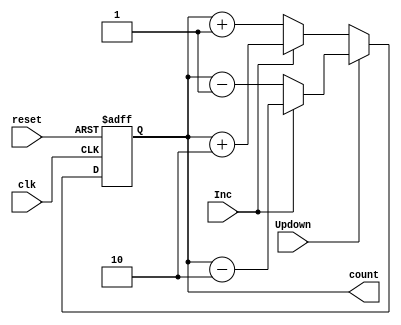
`timescale 1ns / 1ps
//////////////////////////////////////////////////////////////////////////////////
// Company: 
// Engineer: 
// 
// Design Name: 
// Module Name: bin_counter
// Project Name: 
// Target Devices: 
// Tool Versions: 
// Description: 
// 
// Dependencies: 
// 
// Revision:
// Revision 0.01 - File Created
// Additional Comments:
// 
//////////////////////////////////////////////////////////////////////////////////


module bin_counter #(parameter n = 4) (input clk, reset, Updown, Inc, output reg [n-1:0] count);

   wire f_clk;
   //Clk_divider #(500000) cd (clk, reset, f_clk);
   always @(posedge clk, posedge reset) begin 
       if (reset == 1)  count <= 0; // non blocking assignment
       else 
       begin
       if (Updown == 0) begin
           if (Inc == 0) begin count <= count + 1; end // non blocking assignment 
           else if (Inc == 1) begin count <= count + 2; end end
       
           else if (Updown == 1) begin
           if (Inc == 0) begin count <= count - 1; end // non blocking assignment 
           else if (Inc == 1) begin count <= count - 2; end end
       end
   end 
endmodule